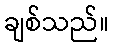
ချစ်သည်။